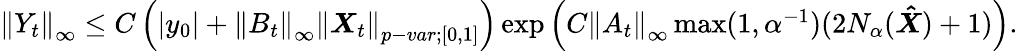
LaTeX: \begin{array}{r}{{\left\lVert{Y_{t}}\right\rVert}_{\infty}\leq C\left(\left|y_{0}\right|+{\left\lVert{B_{t}}\right\rVert}_{\infty}{\left\lVert{\boldsymbol{X}_{t}}\right\rVert}_{p-var;[0,1]}\right)\exp\left(C{\left\lVert{A_{t}}\right\rVert}_{\infty}\operatorname*{max}(1,\alpha^{-1})(2N_{\alpha}(\boldsymbol{\hat{X}})+1)\right).}\end{array}